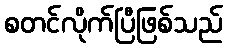
စတင်လိုက်ပြီဖြစ်သည်